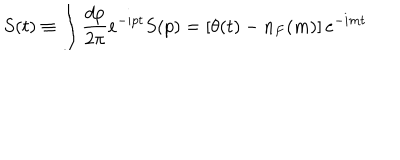
S ( t ) \equiv \int { \frac { d p } { 2 \pi } } e ^ { - i p t } S ( p ) = \left[ \theta ( t ) - n _ { F } ( m ) \right] e ^ { - i m t }